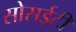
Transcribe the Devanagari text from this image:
सोसईटी